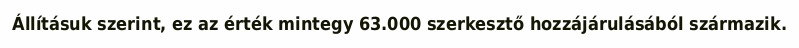
Állításuk szerint, ez az érték mintegy 63.000 szerkesztő hozzájárulásából származik.